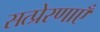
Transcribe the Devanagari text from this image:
सत्प्रेरणाएँ